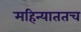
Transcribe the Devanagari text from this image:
महिन्याततच